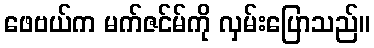
ဖေဗယ်က မက်ဇင်မ်ကို လှမ်းပြောသည်။